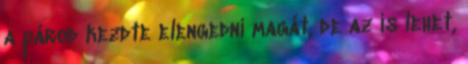
a párod kezdte elengedni magát, de az is lehet,